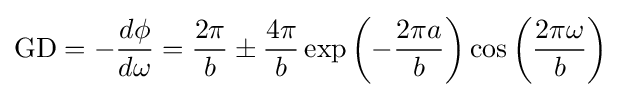
{\text{GD}}=-{\frac {d\phi }{d\omega }}={\frac {2\pi }{b}}\pm {\frac {4\pi }{b}}\exp \left(-{\frac {2\pi a}{b}}\right)\cos \left({\frac {2\pi \omega }{b}}\right)